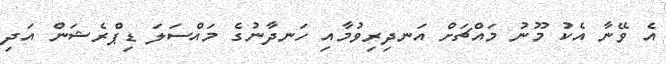
އެ ވޭނާ އެކު މޫނު މައްޗަށް އަނދިރިވުމާއި ހަނދާނުގެ މައްސަލަ ޑިޕްރެޝަން އަދި